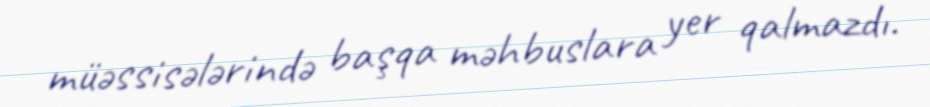
müəssisələrində başqa məhbuslara yer qalmazdı.